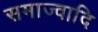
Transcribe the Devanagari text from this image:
समाज्वादि